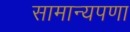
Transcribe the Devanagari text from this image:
सामान्यपणा